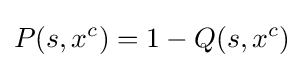
P(s,x^{c})=1-Q(s,x^{c})